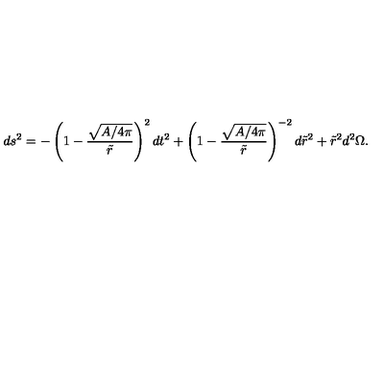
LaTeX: d s ^ { 2 } = - \left( 1 - { \frac { \sqrt { A / 4 \pi } } { \tilde { r } } } \right) ^ { 2 } d t ^ { 2 } + \left( 1 - { \frac { \sqrt { A / 4 \pi } } { \tilde { r } } } \right) ^ { - 2 } d \tilde { r } ^ { 2 } + \tilde { r } ^ { 2 } d ^ { 2 } \Omega .